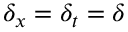
\delta _ { x } = \delta _ { t } = \delta